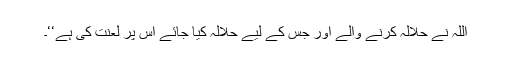
اللہ نے حلالہ کرنے والے اور جس کے لیے حلالہ کیا جائے اس پر لعنت کی ہے‘‘۔